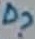
Text: D?